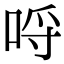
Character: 哷